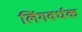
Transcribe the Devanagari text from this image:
लिंगवर्धक